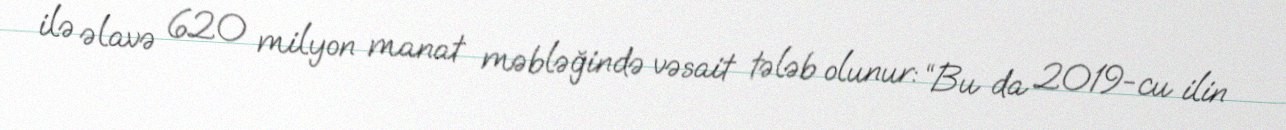
ilə əlavə 620 milyon manat məbləğində vəsait tələb olunur: “Bu da 2019-cu ilin